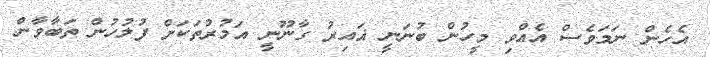
އެހެން ނަމަވެސް އެއްވި މީހުން ބުނަނީ ޣައިރު ގާނޫނީ އަމުރުތަކަށް ފުލުހުން ތަބާވާން